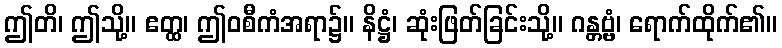
ဤတိ၊ ဤသို့။ ဧတ္ထ၊ ဤဝစီကံအရာ၌။ နိဋ္ဌံ၊ ဆုံးဖြတ်ခြင်းသို့။ ဂန္တဗ္ဗံ၊ ရောက်ထိုက်၏။